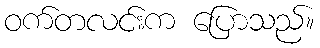
ဝက်တလင်းက ပြောသည်။